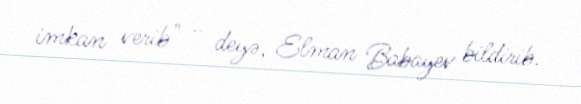
imkan verib" - deyə, Elman Babayev bildirib.